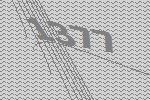
1377